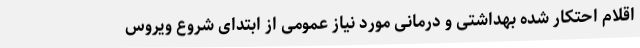
اقلام احتکار شده بهداشتی و درمانی مورد نیاز عمومی از ابتدای شروع ویروس